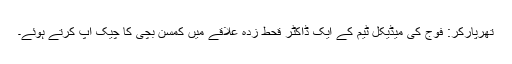
تھرپارکر: فوج کی میڈیکل ٹیم کے ایک ڈاکٹر قحط زدہ علاقے میں کمسن بچی کا چیک اپ کرتے ہوئے۔